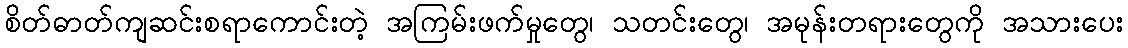
စိတ်ဓာတ်ကျဆင်းစရာကောင်းတဲ့ အကြမ်းဖက်မှုတွေ၊ သတင်းတွေ၊ အမုန်းတရားတွေကို အသားပေး